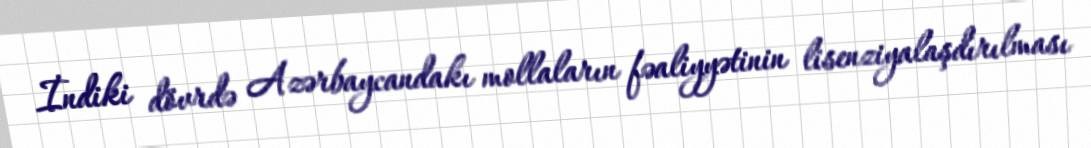
İndiki dövrdə Azərbaycandakı mollaların fəaliyyətinin lisenziyalaşdırılması